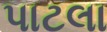
પાટલા